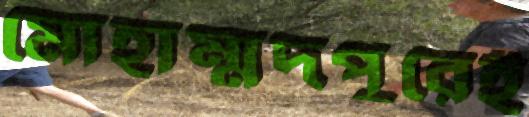
মোহাম্মদপুরেই